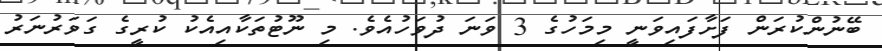
ބޭނުންކުރަން ފަށާފައިވަނީ މިމަހުގެ 3 ވަނަ ދުވަހުއެވެ. މި ނޫޓުތަކާއިއެކު ކުރީގެ ގަވަރުނަރު